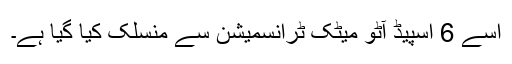
اسے 6 اسپیڈ آٹو میٹک ٹرانسمیشن سے منسلک کیا گیا ہے۔